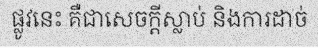
ផ្លូវនេះ គឺជាសេចក្តីស្លាប់ និងការដាច់